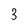
Character: 3